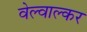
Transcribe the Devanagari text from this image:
वेल्वाल्कर